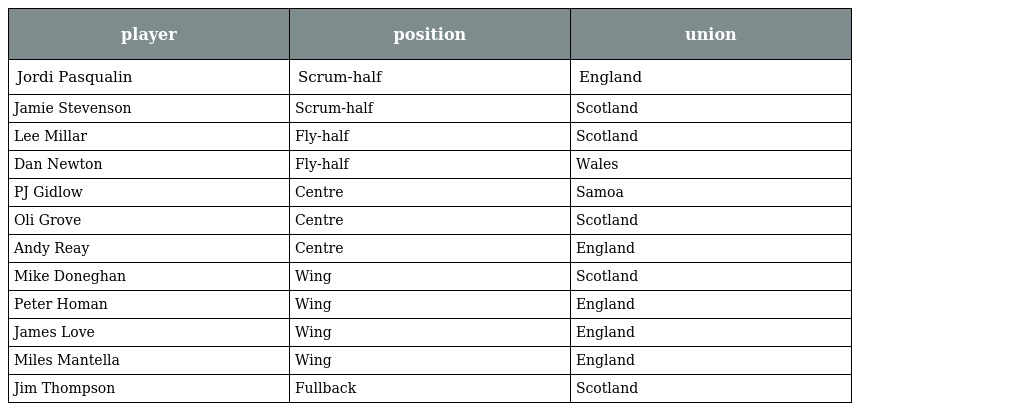
| player | position | union |
 | --- | --- | --- |
 | Jordi Pasqualin | Scrum-half | England |
 | Jamie Stevenson | Scrum-half | Scotland |
 | Lee Millar | Fly-half | Scotland |
 | Dan Newton | Fly-half | Wales |
 | PJ Gidlow | Centre | Samoa |
 | Oli Grove | Centre | Scotland |
 | Andy Reay | Centre | England |
 | Mike Doneghan | Wing | Scotland |
 | Peter Homan | Wing | England |
 | James Love | Wing | England |
 | Miles Mantella | Wing | England |
 | Jim Thompson | Fullback | Scotland |